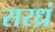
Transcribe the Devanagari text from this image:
सरध्रं